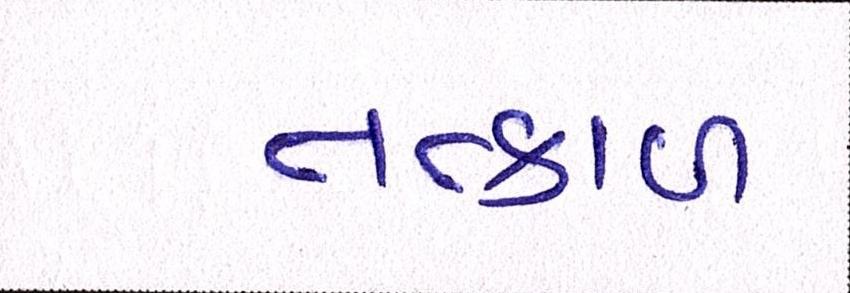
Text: તત્કાળ